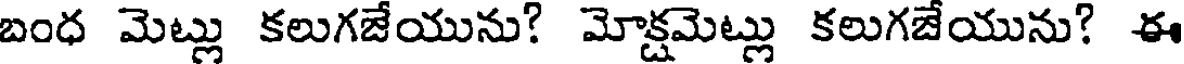
బంధ మెట్లు కలుగజేయును? మోక్షమెట్లు కలుగజేయును? ఈ